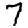
Digit: 7